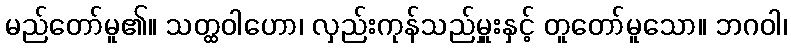
မည်တော်မူ၏။ သတ္ထဝါဟော၊ လှည်းကုန်သည်မှူးနှင့် တူတော်မူသော။ ဘဂဝါ၊